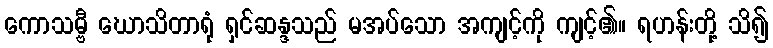
ကောသမ္ဗီ ဃောသိတာရုံ ရှင်ဆန္ဒသည် မအပ်သော အကျင့်ကို ကျင့်၏။ ရဟန်းတို့ သိ၍